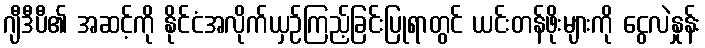
ဂျီဒီပီ၏ အဆင့်ကို နိုင်ငံအလိုက်ယှဉ်ကြည့်ခြင်းပြုရာတွင် ယင်းတန်ဖိုးများကို ငွေလဲနှုန်း